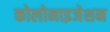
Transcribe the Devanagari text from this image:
कोलोनाइजेशन